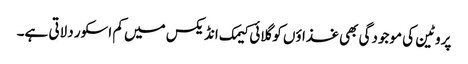
پروٹین کی موجودگی بھی غذاؤں کو گلائی کیمک انڈیکس میں کم اسکور دلاتی ہے۔